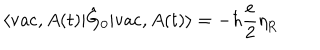
\langle \mathrm { v a c } , A ( t ) | \hat { \mathrm { G } } _ { 0 } | \mathrm { v a c } , A ( t ) \rangle = - \hbar \frac { e } { 2 } { \eta } _ { \mathrm { R } }